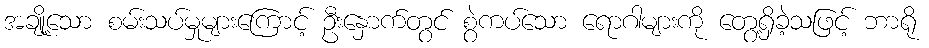
အချို့သော စမ်းသပ်မှုများကြောင့် ဦးနှောက်တွင် စွဲကပ်သော ရောဂါများကို တွေ့ရှိခဲ့သဖြင့် ဘာရို